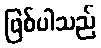
ဖြစ်ပါသည်